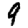
Digit: 9